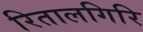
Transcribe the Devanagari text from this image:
रितालगिरि